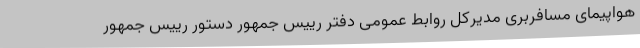
هواپیمای مسافربری مدیرکل روابط عمومی دفتر رییس جمهور دستور رییس جمهور